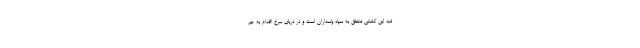
شد این کشتی متعلق به سپاه پاسداران است و در دریای سرخ اقدام به جم